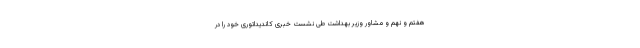
هفتم و نهم و مشاور وزیر بهداشت طی نشست خبری کاندیداتوری خود را در